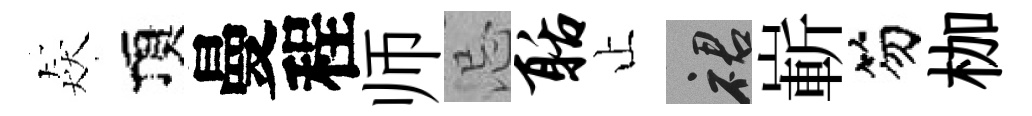
猋頂曼程师忌聒止裙嶄笏枷